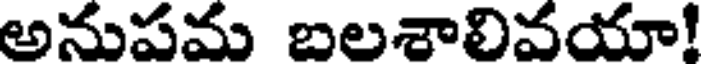
అనుపమ బలశాలివయా!